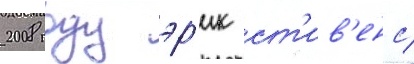
2008 году эр'ик ст'ив'енс/